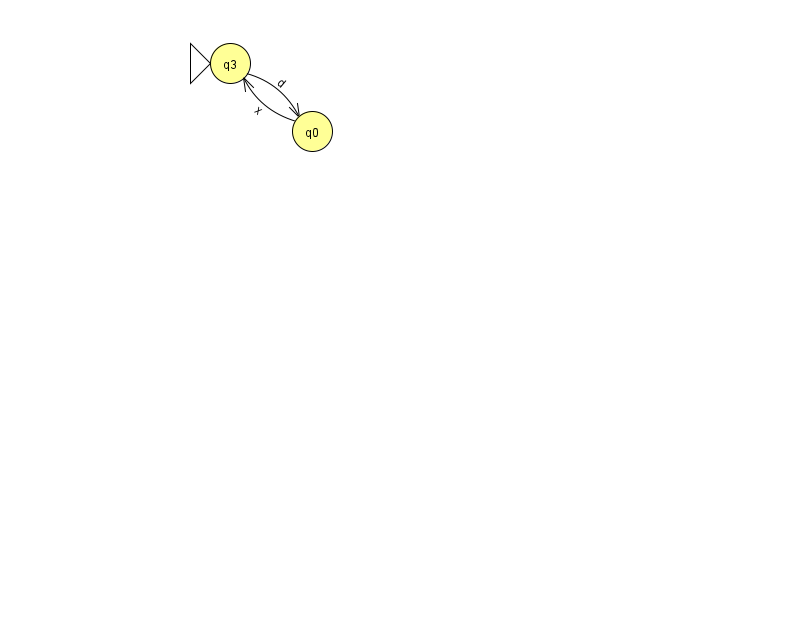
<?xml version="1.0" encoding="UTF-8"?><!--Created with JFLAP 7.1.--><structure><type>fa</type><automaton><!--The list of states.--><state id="0" name="q0"><x>312.0</x><y>118.0</y></state><state id="3" name="q3"><x>230.0</x><y>50.0</y><initial/></state><!--The list of transitions.--><transition><from>3</from><to>0</to><read>d</read></transition><transition><from>0</from><to>3</to><read>x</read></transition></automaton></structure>